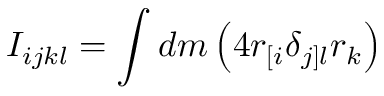
I _ { i j k l } = \int d m \left( 4 r _ { [ i } \delta _ { j ] l } r _ { k } \right)